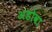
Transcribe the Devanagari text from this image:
अडोवा